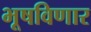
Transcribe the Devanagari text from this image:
भूषविणार